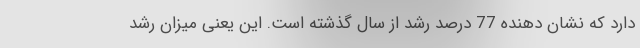
دارد که نشان دهنده 77 درصد رشد از سال گذشته است. این یعنی میزان رشد